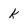
Character: k